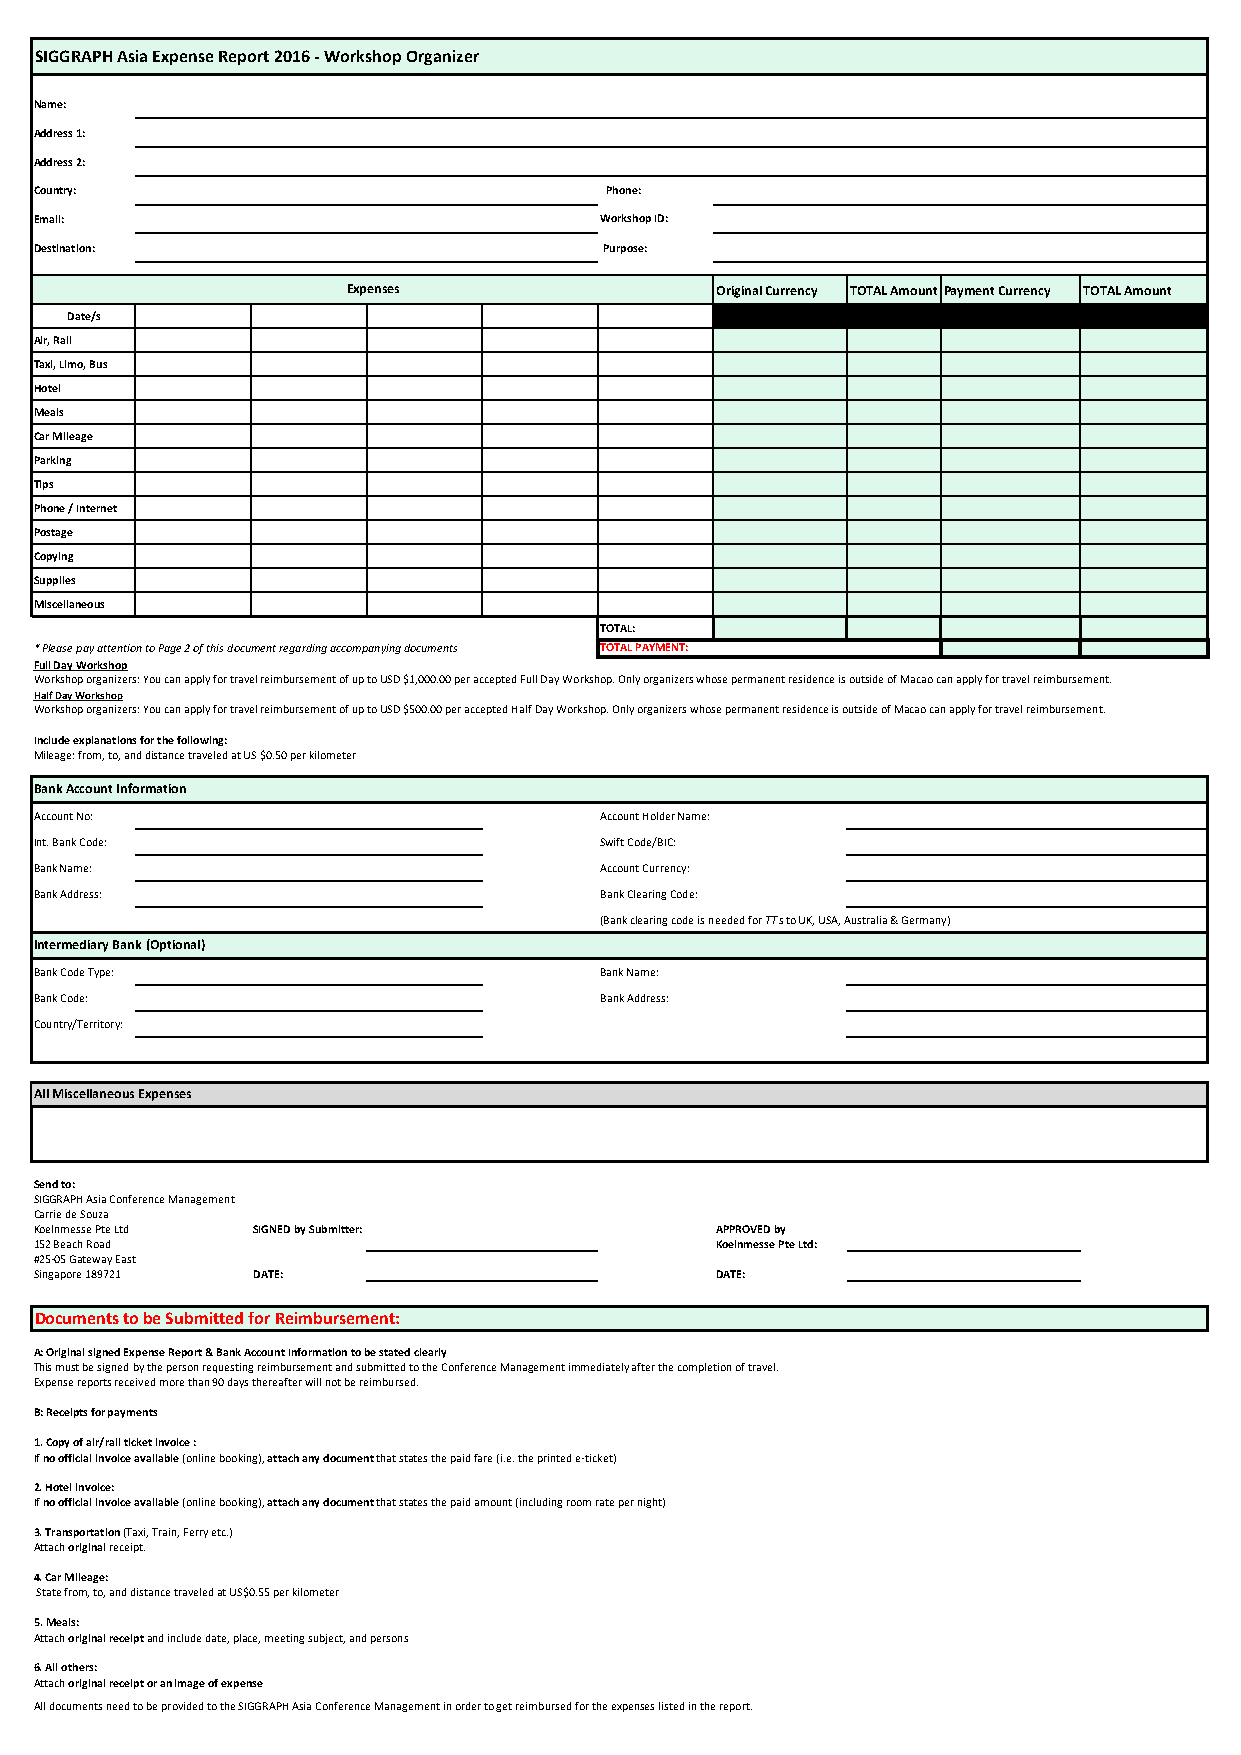
SIGGRAPH Asia Expense Report 2016 - Workshop Organizer
 Name:
 Address 1:
 Address 2:
 Country:                              Phone:
 Email:                                Workshop ID:
 Destination:                          Purpose:
 Expenses                Original Currency TOTAL AmountPayment Currency TOTAL Amount
 Date/s
 Air, Rail
 Taxi, Limo, Bus
 Hotel
 Meals
 Car Mileage
 Parking
 Tips
 Phone / Internet
 Postage
 Copying
 Supplies
 Miscellaneous
 TOTAL:
 * Please pay attention to Page 2 of this document regarding accompanying documents TOTAL PAYMENT:
 Full Day Workshop
 Workshop organizers: You can apply for travel reimbursement of up to USD $1,000.00 per accepted Full Day Workshop. Only organizers whose permanent residence is outside of Macao can apply for travel reimbursement.
 Half Day Workshop
 Workshop organizers: You can apply for travel reimbursement of up to USD $500.00 per accepted Half Day Workshop. Only organizers whose permanent residence is outside of Macao can apply for travel reimbursement.
 Include explanations for the following:
 Mileage: from, to, and distance traveled at US $0.50 per kilometer
 Bank Account Information
 Account No:                           Account Holder Name:
 Int. Bank Code:                       Swift Code/BIC:
 Bank Name:                            Account Currency:
 Bank Address:                         Bank Clearing Code:
 (Bank clearing code is needed for TTs to UK, USA, Australia & Germany)
 Intermediary Bank (Optional)
 Bank Code Type:                       Bank Name:
 Bank Code:                            Bank Address:
 Country/Territory:
 All Miscellaneous Expenses
 Send to:
 SIGGRAPH Asia Conference Management
 Carrie de Souza
 Koelnmesse Pte Ltd SIGNED by Submitter:      APPROVED by
 152 Beach Road                               Koelnmesse Pte Ltd:
 #25-05 Gateway East
 Singapore 189721 DATE:                       DATE:
 Documents to be Submitted for Reimbursement:
 A: Original signed Expense Report & Bank Account Information to be stated clearly
 This must be signed by the person requesting reimbursement and submitted to the Conference Management immediately after the completion of travel.
 Expense reports received more than 90 days thereafter will not be reimbursed.
 B: Receipts for payments
 1. Copy of air/rail ticket invoice :
 If no official invoice available (online booking), attach any document that states the paid fare (i.e. the printed e-ticket)
 2. Hotel invoice:
 If no official invoice available (online booking), attach any document that states the paid amount (including room rate per night)
 3. Transportation (Taxi, Train, Ferry etc.)
 Attach original receipt.
 4. Car Mileage:
 State from, to, and distance traveled at US$0.55 per kilometer
 5. Meals:
 Attach original receipt and include date, place, meeting subject, and persons
 6. All others:
 Attach original receipt or an image of expense
 All documents need to be provided to the SIGGRAPH Asia Conference Management in order to get reimbursed for the expenses listed in the report.